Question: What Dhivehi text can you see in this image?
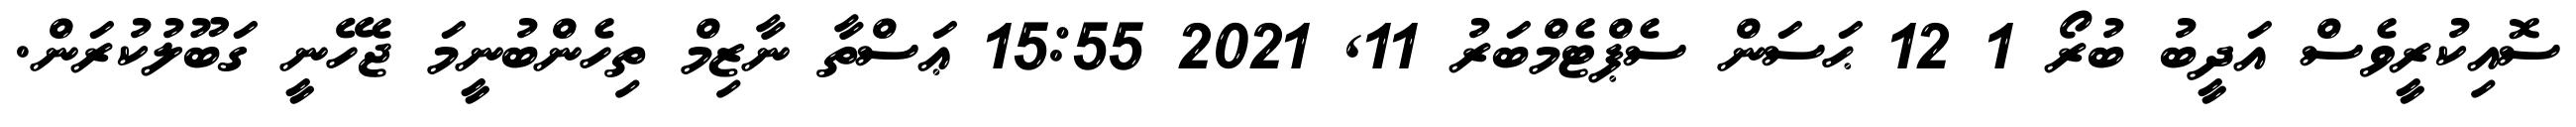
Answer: ސޮއިކުރީވެސް އަދީބު ބުރޯ 1 12 ޙަސަން ސެޕްޓެމްބަރު 11, 2021 15:55 ޢަސްތާ ނާޒިމް ތިހެންބުނީމަ ޖެހޭނީ ގަބޫލުކުރަން.